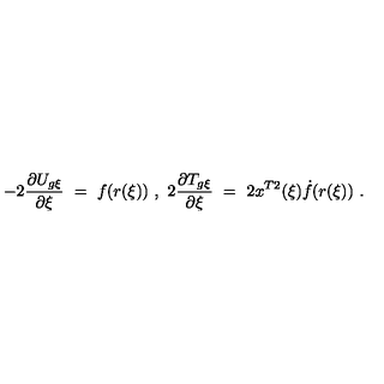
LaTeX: - 2 \frac { \partial U _ { g \xi } } { \partial \xi } \ = \ f ( r ( \xi ) ) \ , \ \- 2 \frac { \partial T _ { g \xi } } { \partial \xi } \ = \ 2 x ^ { T 2 } ( \xi ) \dot { f } ( r ( \xi ) ) \ .